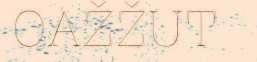
OAŽŽUT